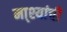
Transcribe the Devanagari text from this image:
मा्श्यांची